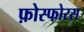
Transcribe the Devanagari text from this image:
फ़ोस्फोरस